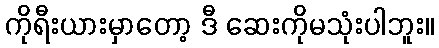
ကိုရီးယားမှာတော့ ဒီ ဆေးကိုမသုံးပါဘူး။